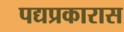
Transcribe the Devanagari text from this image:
पद्यप्रकारास